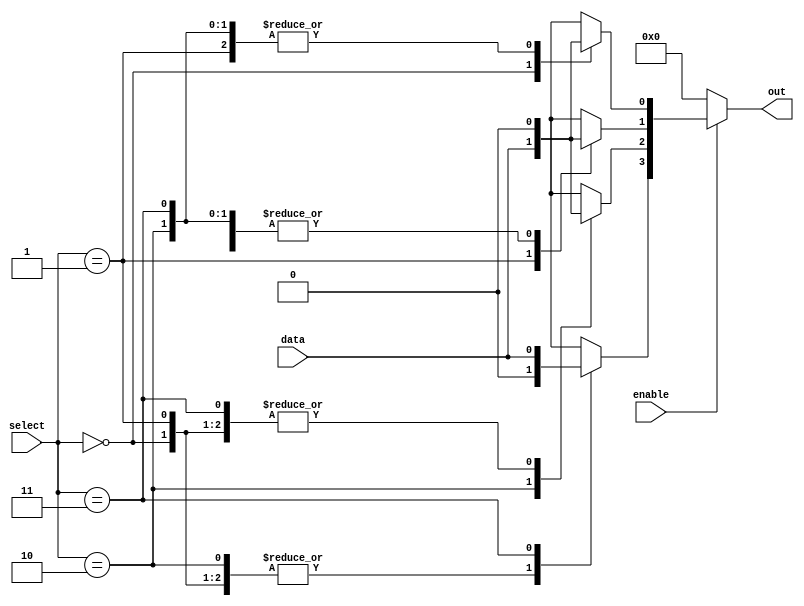
module parameterized_demux #(
    parameter N = 4               // Number of output lines
) (
    input wire data,              // Input data
    input wire [$clog2(N)-1:0] select, // Select input line
    input wire enable,            // Enable signal
    output reg [N-1:0] out        // Output lines
);

// Initial block for reset state
initial begin
    out = {N{1'b0}};              // Set all outputs to 0
end

// Combinatorial logic for demux
always @(*) begin
    // Default output to zero
    out = {N{1'b0}};
    
    if (enable) begin
        // If enabled, set the selected output line
        case (select)
            0: out[0] = data;
            1: out[1] = data;
            2: out[2] = data;
            3: out[3] = data;
            // Add more cases here if N > 4
            // The appropriate cases should be added based on the parameter N
            default: out = {N{1'b0}}; // If select is out of range
        endcase
    end
end

endmodule